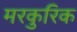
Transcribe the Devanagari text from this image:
मरकुरिक